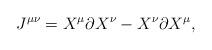
LaTeX: \begin{align*}J^{\mu\nu} = X^{\mu} \partial X^{\nu} - X^{\nu} \partial X^{\mu},\end{align*}